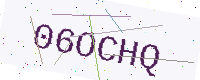
Text: 06OCHQ